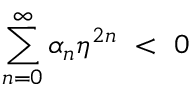
\sum _ { n = 0 } ^ { \infty } \alpha _ { n } \eta ^ { 2 n } ~ < ~ 0